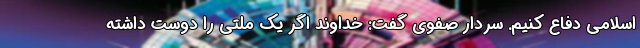
اسلامی دفاع کنیم. سردار صفوی گفت: خداوند اگر یک ملتی را دوست داشته